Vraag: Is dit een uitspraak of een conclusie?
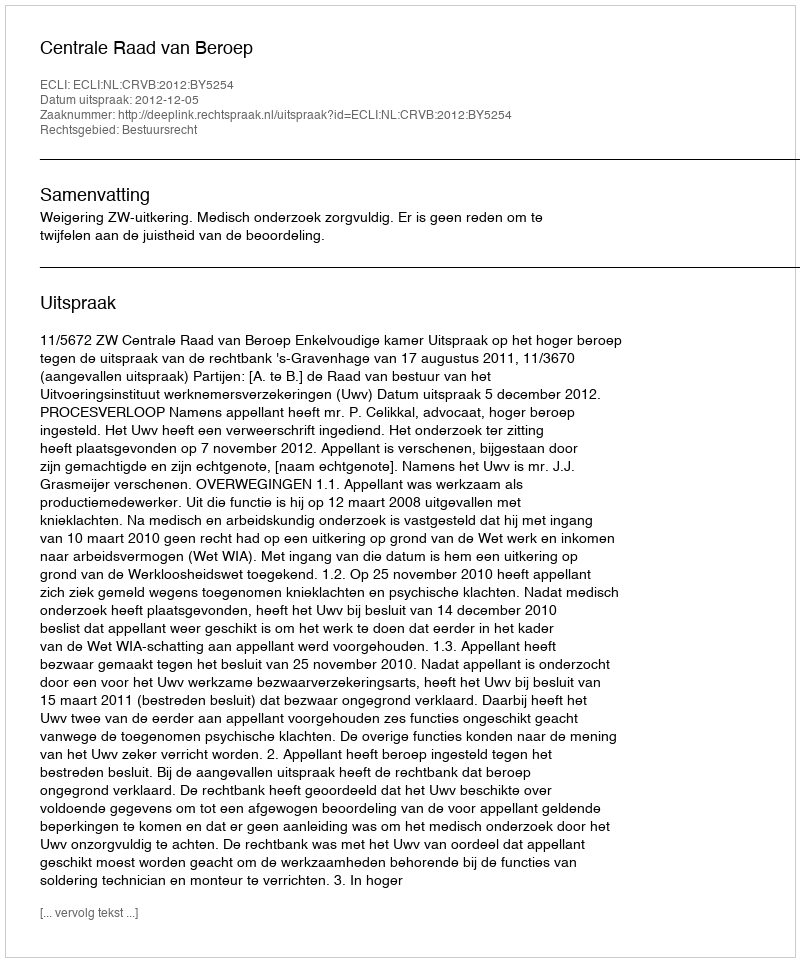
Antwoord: Uitspraak